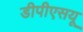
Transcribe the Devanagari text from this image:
डीपीएसयू